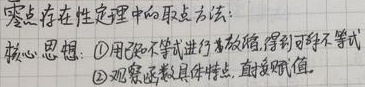
零点存在性定理中的取点方法：核心思想：
1. 用不等式进行放缩，得到可解不等式
2. 观察函数具体特点，直接赋值。